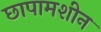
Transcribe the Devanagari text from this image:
छापामशीन